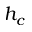
h _ { c }